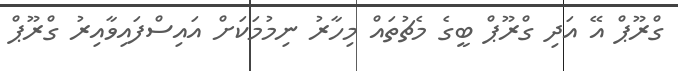
ގްރޫޕް އޭ އަދި ގްރޫޕް ބީގެ މެޗުތައް މިހާރު ނިމުމަކަށް އައިސްފައިވާއިރު ގްރޫޕް